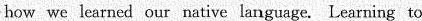
how we learned our native language.Learning to